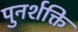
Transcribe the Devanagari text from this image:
पुनर्शक्ति